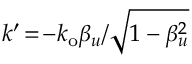
k ^ { \prime } \! = \! - k _ { \mathrm { o } } \beta _ { u } / \sqrt { 1 - \beta _ { u } ^ { 2 } }